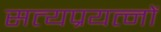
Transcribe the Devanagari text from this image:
सत्यप्रयत्नों